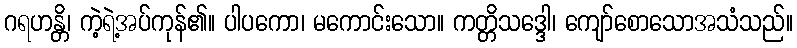
ဂရဟန္တိ၊ ကဲ့ရဲ့အပ်ကုန်၏။ ပါပကော၊ မကောင်းသော။ ကတ္တိသဒ္ဒေါ၊ ကျော်စောသောအသံသည်။